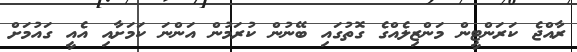
ރާއްޖެ ކަރަންޓީން މަންޒިލެއްގެ ގޮތުގައި ބޭނުން ކުރަމުން އަންނަ ކަމަށާއި އެއީ ގައުމަށް